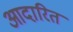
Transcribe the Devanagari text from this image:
आदारित